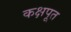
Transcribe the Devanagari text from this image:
कक्षपूत